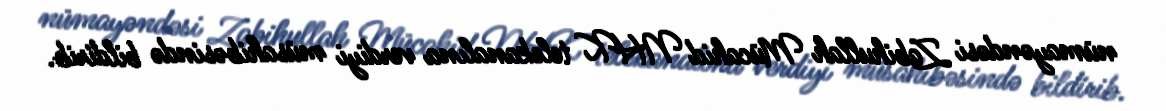
nümayəndəsi Zabihullah Mücahid NHK telekanalına verdiyi müsahibəsində bildirib.